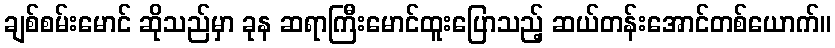
ချစ်စမ်းမောင် ဆိုသည်မှာ ခုန ဆရာကြီးမောင်ထူးပြောသည့် ဆယ်တန်းအောင်တစ်ယောက်။